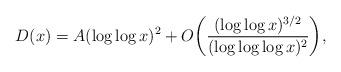
LaTeX: \begin{align*}D(x) = A(\log\log x)^2 + O\bigg(\frac{(\log\log x)^{3/2}}{(\log\log\log x)^2} \bigg),\end{align*}